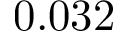
0 . 0 3 2